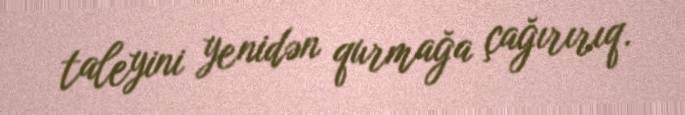
taleyini yenidən qurmağa çağırırıq.